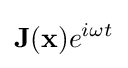
\mathbf {J} (\mathbf {x} )e^{i\omega t}